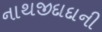
નાથજીદાદાની